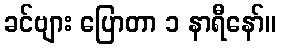
ခင်ဗျား ပြောတာ ၁ နာရီနော်။